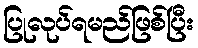
ပြုလုပ်ရမည်ဖြစ်ပြီး